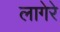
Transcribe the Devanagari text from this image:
लागेरे